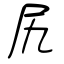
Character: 尻